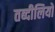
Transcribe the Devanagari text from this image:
तब्दीलियों